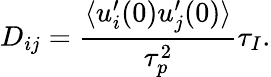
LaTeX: D_{ij}=\frac{\langle u_{i}^{\prime}(0)u_{j}^{\prime}(0)\rangle}{\tau_{p}^{2}}\tau_{I}.